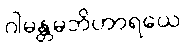
ဂါမန္တမဘိဟာရယေ